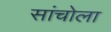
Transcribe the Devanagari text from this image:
सांचोला